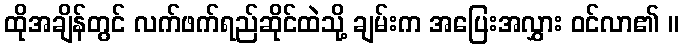
ထိုအချိန်တွင် လက်ဖက်ရည်ဆိုင်ထဲသို့ ချမ်းက အပြေးအလွှား ဝင်လာ၏ ။